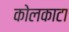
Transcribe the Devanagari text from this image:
कोलकाटा